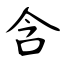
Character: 含